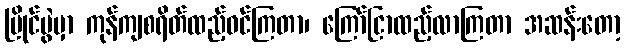
ပြိုင်ပွဲမှာ ကုန်ကျစရိတ်ထည့်ဝင်ကြတာ၊ ကြော်ငြာထည့်လာကြတာ အဆန်းတော့